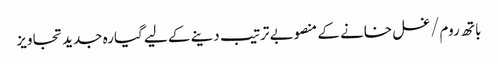
باتھ روم/غسل خانے کے منصوبے ترتیب دینے کے لیے گیارہ جدید تجاویز